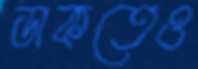
ডাকতেও